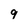
Character: 9